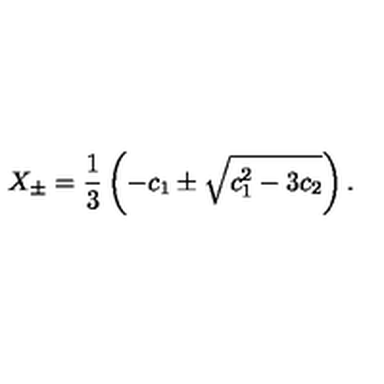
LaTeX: X _ { \pm } = \frac { 1 } { 3 } \left( - c _ { 1 } \pm \sqrt { c _ { 1 } ^ { 2 } - 3 c _ { 2 } } \right) .